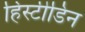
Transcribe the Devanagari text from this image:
हिस्टीडिन